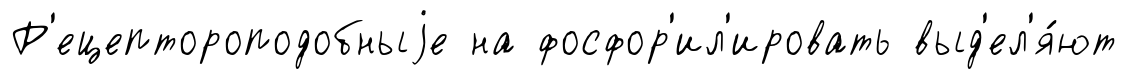
Р'ецептороподобныjе на фосфор'ил'ировать выд'ел'я́ют